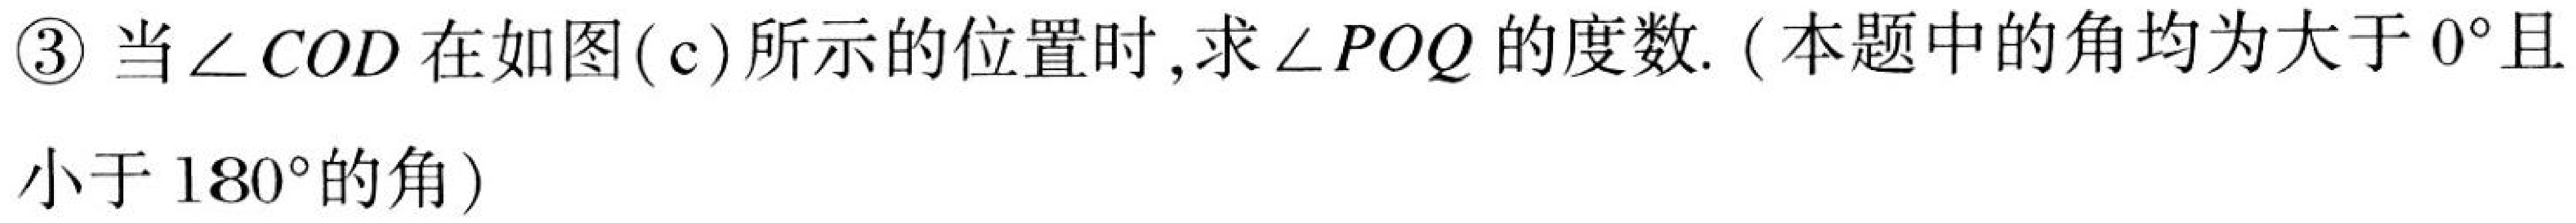
\textcircled{3} 当\(\angle COD\)在如图(c)所示的位置时,求\(\angle POQ\)的度数.（本题中的角均为大于\(0^{\circ}\)且小于\(180^{\circ}\)的角）